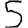
Digit: 5